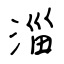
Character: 淄